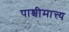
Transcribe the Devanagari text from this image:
पाश्चीमात्त्य